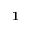
\mathbf { 1 }